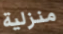
منزلية